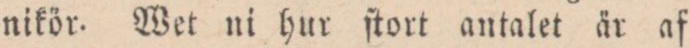
nikör. Wet ni hur ſtort antalet är af